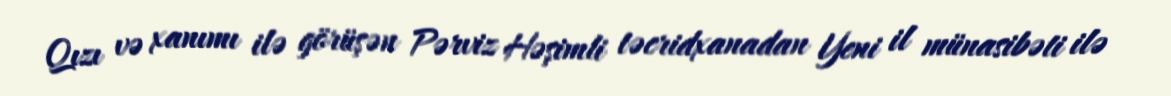
Qızı və xanımı ilə görüşən Pərviz Həşimli təcridxanadan Yeni il münasibəti ilə